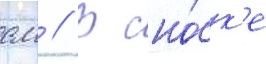
см // В сно́ск'е